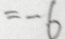
= - 6